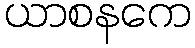
ယာစနကေ